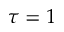
\tau = 1